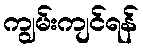
ကျွမ်းကျင်ရန်